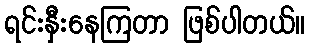
ရင်းနှီးနေကြတာ ဖြစ်ပါတယ်။